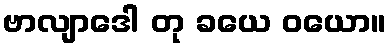
ဗာလျာဒေါ တု ခယေ ဝယော။